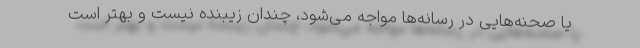
یا صحنه‌هایی در رسانه‌ها مواجه می‌شود، چندان زیبنده نیست و بهتر است